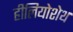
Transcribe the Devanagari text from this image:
हीलियोशेथ